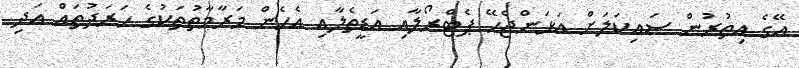
އޭގެ އިތުރުން ސައިކަލަށް އަޅަންޖެހޭ ޕެޓްރޯލާއި އަޑީތެލާއި އެހެން މަރާމާތުތަކުގެ ހަރަދުތައް އަދި